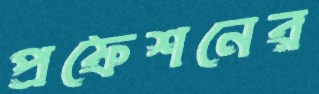
প্রফেশনের